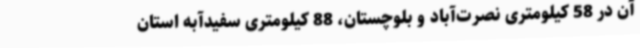
آن در 58 کیلومتری نصرت‌آباد و بلوچستان، 88 کیلومتری سفیدآبه استان